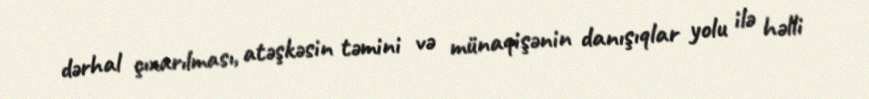
dərhal çıxarılması, atəşkəsin təmini və münaqişənin danışıqlar yolu ilə həlli